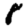
Digit: 8